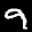
Label: 9